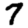
Digit: 7